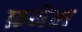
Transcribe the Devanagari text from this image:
फ़नेल